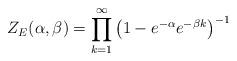
LaTeX: \begin{align*}Z_E(\alpha, \beta) = \prod_{k=1}^{\infty} \left( 1-e^{-\alpha}e^{-\beta k} \right )^{-1}\end{align*}